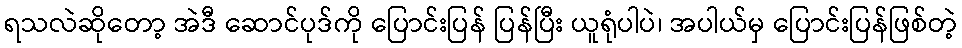
ရသလဲဆိုတော့ အဲဒီ ဆောင်ပုဒ်ကို ပြောင်းပြန် ပြန်ပြီး ယူရုံပါပဲ၊ အပါယ်မှ ပြောင်းပြန်ဖြစ်တဲ့